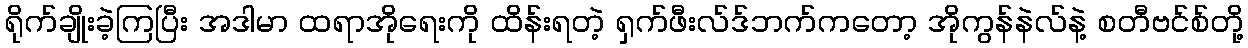
ရိုက်ချိုးခဲ့ကြပြီး အဒါမာ ထရာအိုရေးကို ထိန်းရတဲ့ ရှက်ဖီးလ်ဒ်ဘက်ကတော့ အိုကွန်နဲလ်နဲ့ စတီဗင်စ်တို့